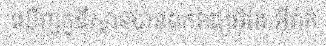
ឃើញកួឌីស្ថានបានឯករាជ្យអ៊ីរ៉ង់ អ៊ីរ៉ាក់